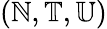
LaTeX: (\mathbb{N},\mathbb{T},\mathbb{U})